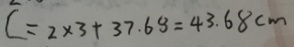
C = 2 \times 3 + 3 7 . 6 8 = 4 3 . 6 8 c m